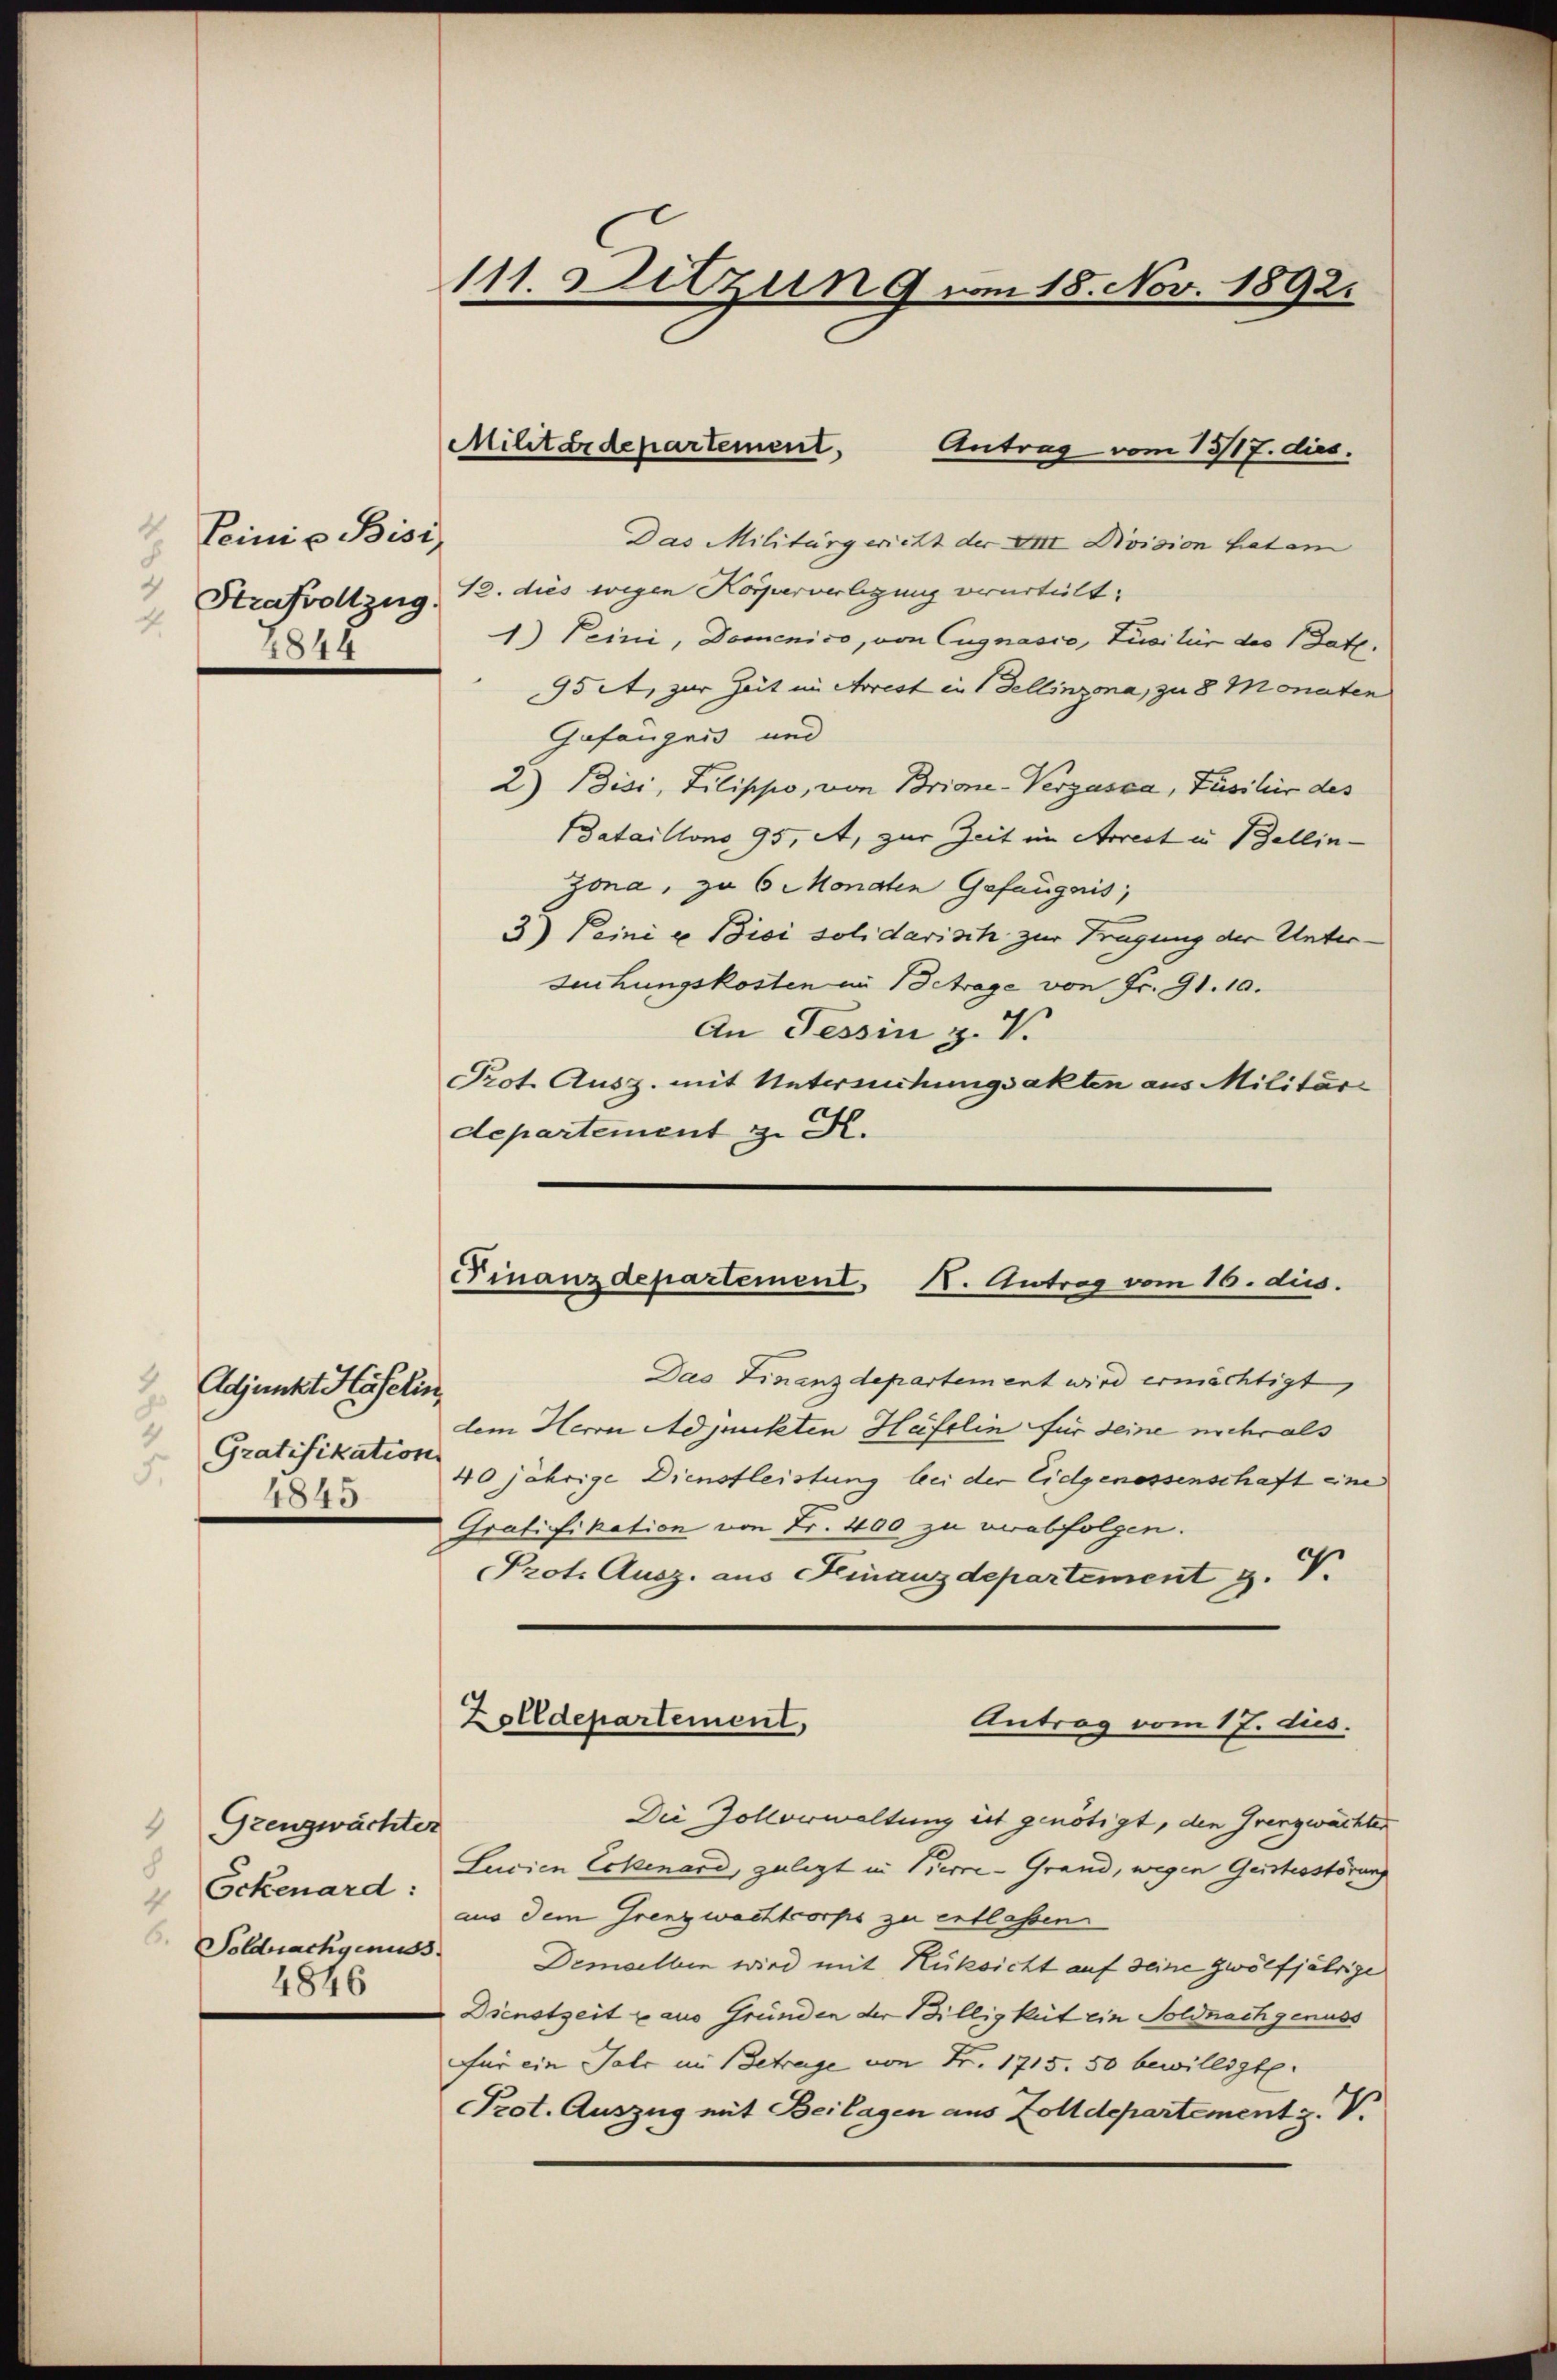
Teinig Bisi
2
Strafvollzug.
4.
2844

Adjunkt Haselin,
1
Gratifikation
5.
1845

Grenzwächter
8
Soldnachgenuss
4846

111. Sitzung vom 18. Nov. 1892.

Antrag vom 13/17. dies.
Das Militärgericht der VIII. Division hat ei
12. dies wegen Körperverlegung verurteilt.
1.) Peini, Domenico, von Cugnasco, Luciliis des Batz.
95 A, zur Zeit im Arrest in Dellinzona, zu 8 Monaten
Gefängnis und
2) Bisi, Lilischio, von Brione-Vergasca, Füsiliis des
Bataillons 95, A, zur Zeit im Arrest in Bellin¬
Zona, zu 6 Monaten Gefängnis
3) Peini e Bici solidarisch zur Tragung der Untersuchungskosten im Betrage von Fr. 91. 10.
An Tessin z. V.
Prot. Ausz. mit Untersuchungsakten aus Militär
departement z. R.

Militärdepartement

Finanzdepartement. I. Antrag vom 16. dies.

Das Finanzdepartement wird ermächtigt,
dem Herrn Adjunckten Häfelin für deine noch als
40 jährige Dienstleistung bei der Eidgenossenschaft eine
Gratifikation von Fr. 400 zu verabfolgen.
Prot. Ausz. aus Finanzdepartement z. V.
Die Zollverwaltung ist genötigt, den Grenzwachter
 Eckenard, Lucien Eckenard, gelegt in Berne-Grand, wegen Geistesstörung
aus dem Grenzwachtcorps zu entlassen
Demelben wird mit Rüksicht auf seine zwölfjährige
Dienstzeit u aus Gründen der Billigkeit ein Soldnach genuss
Für ein Talc im Betrage von Fr. 1715. 50 bewilligte.
Prot. Auszug mit Beilagen aus Zolldepartement z. V.

Zolldepartement,
Antrag vom 17. ds.